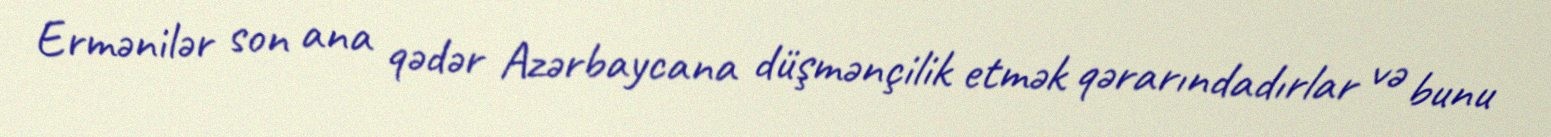
Ermənilər son ana qədər Azərbaycana düşmənçilik etmək qərarındadırlar və bunu